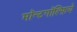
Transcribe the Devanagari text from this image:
मॉन्टगॉल्फ़िये